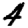
Digit: 4